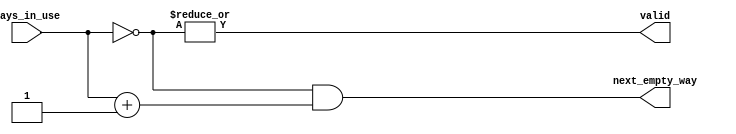
/** @module : empty_way_select
 *  @author : Adaptive & Secure Computing Systems (ASCS) Laboratory

 *  Copyright (c) 2019 BRISC-V (ASCS/ECE/BU)
 *  Permission is hereby granted, free of charge, to any person obtaining a copy
 *  of this software and associated documentation files (the "Software"), to deal
 *  in the Software without restriction, including without limitation the rights
 *  to use, copy, modify, merge, publish, distribute, sublicense, and/or sell
 *  copies of the Software, and to permit persons to whom the Software is
 *  furnished to do so, subject to the following conditions:
 *  The above copyright notice and this permission notice shall be included in
 *  all copies or substantial portions of the Software.

 *  THE SOFTWARE IS PROVIDED "AS IS", WITHOUT WARRANTY OF ANY KIND, EXPRESS OR
 *  IMPLIED, INCLUDING BUT NOT LIMITED TO THE WARRANTIES OF MERCHANTABILITY,
 *  FITNESS FOR A PARTICULAR PURPOSE AND NONINFRINGEMENT. IN NO EVENT SHALL THE
 *  AUTHORS OR COPYRIGHT HOLDERS BE LIABLE FOR ANY CLAIM, DAMAGES OR OTHER
 *  LIABILITY, WHETHER IN AN ACTION OF CONTRACT, TORT OR OTHERWISE, ARISING FROM,
 *  OUT OF OR IN CONNECTION WITH THE SOFTWARE OR THE USE OR OTHER DEALINGS IN
 *  THE SOFTWARE.
 */

module empty_way_select #(
  parameter NUMBER_OF_WAYS = 4
) (
  ways_in_use,
  next_empty_way,
  valid
);

//define the log2 function
function integer log2;
input integer value;
begin
  value = value-1;
  for(log2=0; value>0; log2=log2+1)
    value = value>>1;
  end
endfunction


input [NUMBER_OF_WAYS-1:0]     ways_in_use;
output [NUMBER_OF_WAYS-1:0] next_empty_way;
output valid;

wire [NUMBER_OF_WAYS-1:0] invert, plusone;

assign invert         =     ~ways_in_use;
assign plusone        =  ways_in_use + 1;
assign next_empty_way = invert & plusone;
assign valid          =          |invert;

endmodule